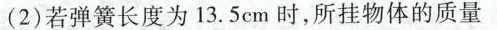
(2)若弹簧长度为13.5cm时，所挂物体的质量